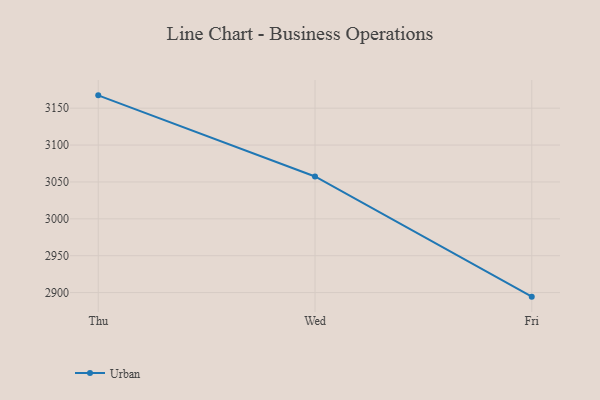
{"axis": {"x": "Day", "y": "Production Output"}, "legend": ["Urban"], "data": [{"x": "Thu", "y": 3167.4, "type": "Urban"}, {"x": "Wed", "y": 3057.4, "type": "Urban"}, {"x": "Fri", "y": 2894.5, "type": "Urban"}]}